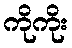
ကိုကိုး